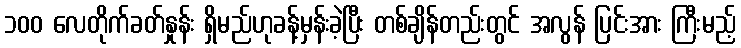
၁၀၀ လေတိုက်ခတ်နှုန်း ရှိမည်ဟုခန့်မှန်းခဲ့ပြီး တစ်ချိန်တည်းတွင် အလွန် ပြင်းအား ကြီးမည့်